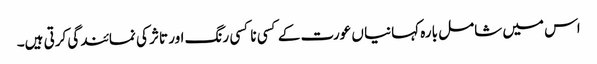
اس میں شامل بارہ کہانیا ں عورت کے کسی نا کسی رنگ اور تاثر کی نمائندگی کرتی ہیں۔